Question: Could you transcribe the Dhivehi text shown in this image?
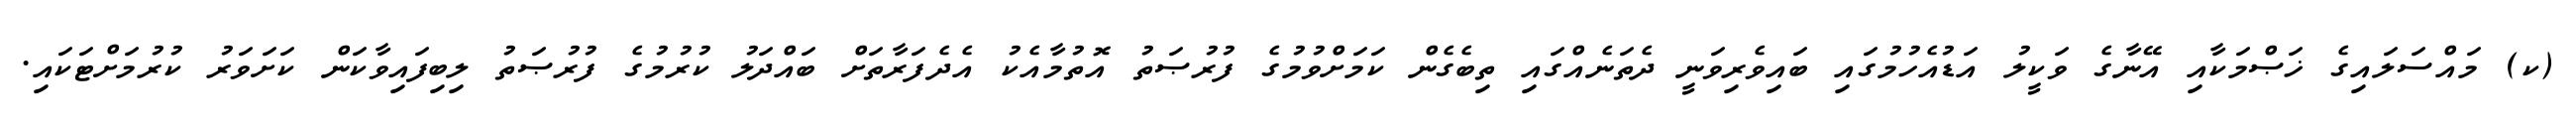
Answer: (ކ) މައްސަލައިގެ ޚަޞްމަކާއި އޭނާގެ ވަކީލު އަޑުއެހުމުގައި ބައިވެރިވަނީ ދެތަނެއްގައި ތިބެގެން ކަމަށްވުމުގެ ފުރުޞަތު އޮތުމާއެކު އެދެފަރާތަށް ބައްދަލު ކުރުމުގެ ފުރުޞަތު ލިބިފައިވާކަން ކަށަވަރު ކުރުމަށްޓަކައި.